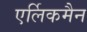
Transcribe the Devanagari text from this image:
एर्लिकमैन